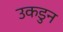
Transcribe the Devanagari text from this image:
उकडुन